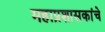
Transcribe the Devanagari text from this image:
महाप्रशासकांचे